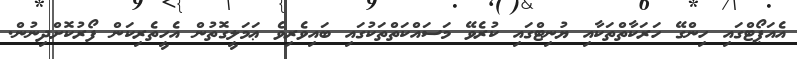
އެއަޕޯޓްގައި ހިންގޭ ހަރަކާތްތަކާއި ޔުނިޓްގައި ކުރެވޭ މަސައްކަތްތަކުގައި ބައިވެރިވެ ޢަމަލީގޮތުން އެހީތެރިކަން ފޯރުކޮށްދިނުން.